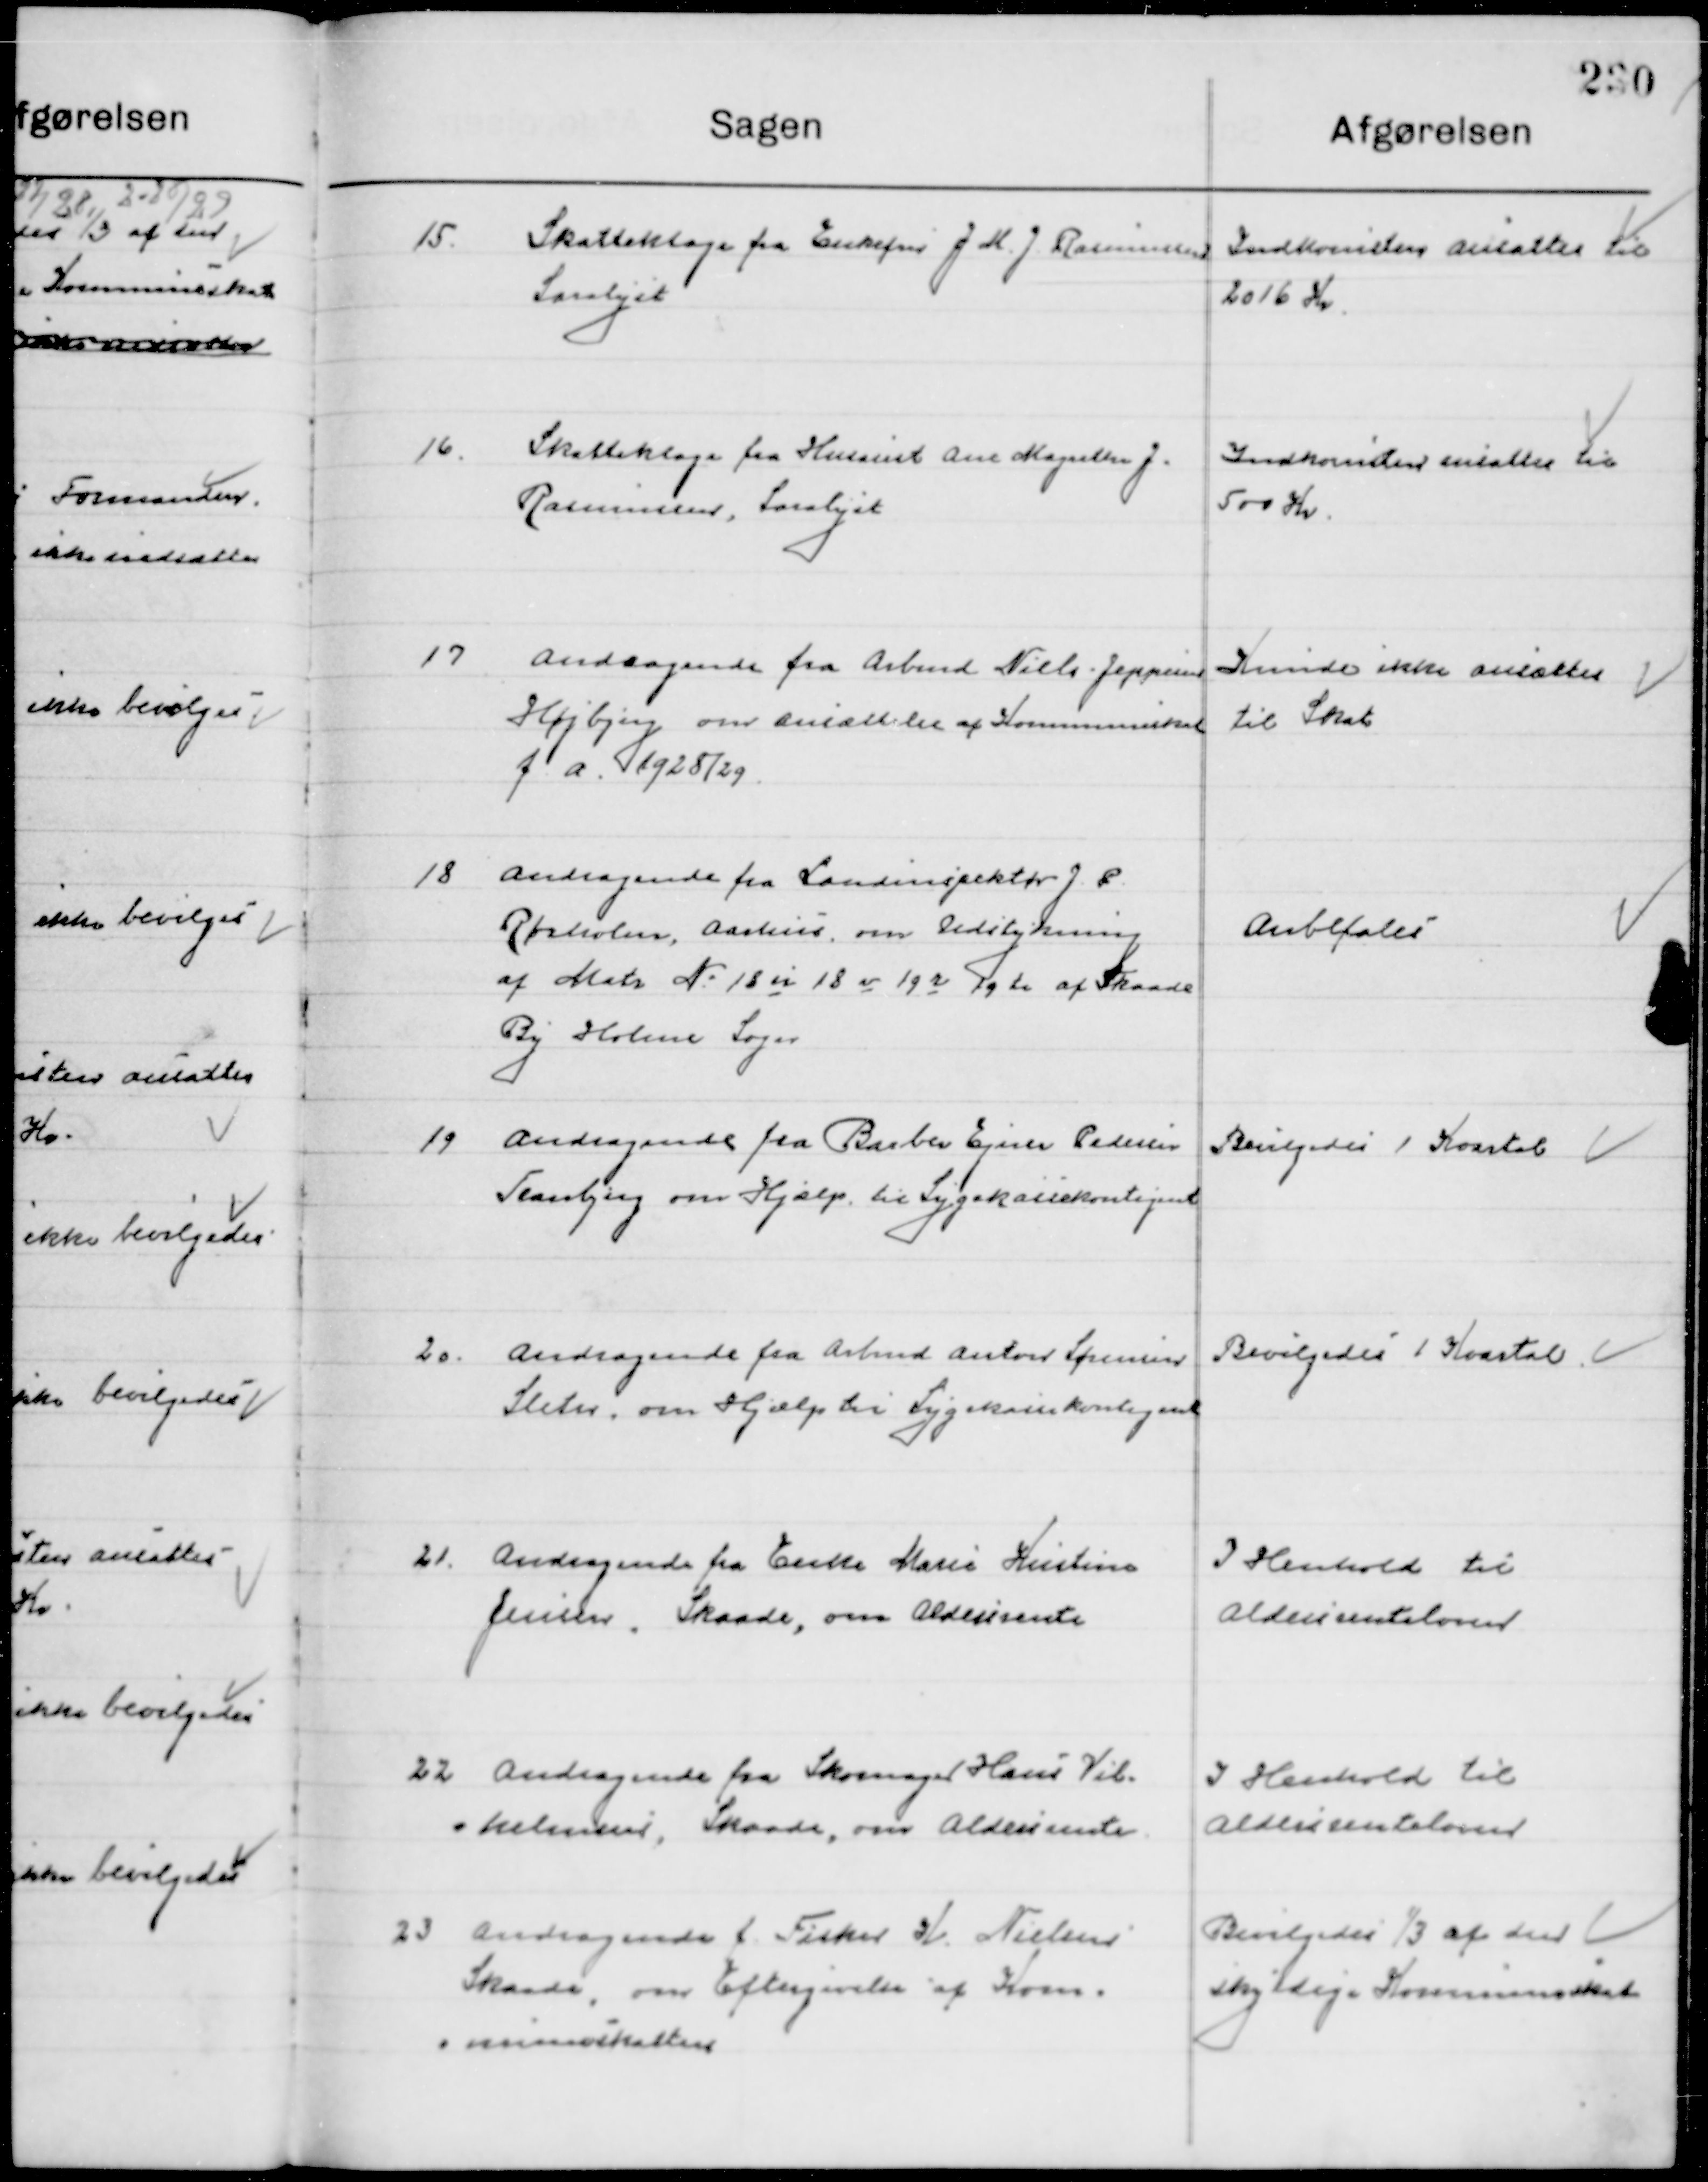
Transskription:
15

Skatteklage fra enkefru J. M. J. Rasmussen, 
Saralyst

Indkomst ansattes til
1016 Kr.

16

Skatteklage fra Husassistent Ane Magrethe J. 
Rasmussen, Saralyst

Indkomst ansattes til
500 Kr.

17

Andragende fra Arbmd. Niels Jeppesen
Højbjerg, om nedsættelse af Kommuneskat
f. A. 1928/29.

Kunde ikke ansættes
til Skat

18

Andragende fra Landinspektør J. P.
Rørholm, Aarhus, om Udstykning
af Matr. Nr. 18 u 18 v 19 e 19 ti af Skaade
By Holme Sogn

Anbefales

19

Andragende fra Barber Ejnar Pedersen
Tranbjerg, om Hjælp til Sygekassekontingent

Bevilgedes 1 Kvartal

20

Andragende fra Arbmd. Anton Sørensen
Sleth, om Hjælp til Sygekassekontingent

Bevilgedes 1 Kvartal

21

Andragende fra Enke Marie Kierstine
Jensen, Skaade, om Aldersrente

I Henhold til
Aldersrenteloven

22

Andragende fra Skomager Hans Vil-
helmsen, Skaade, om Aldersrente

I Henhold til
Aldersrenteloven

23

Andragende fra Fisker H. Nielsen
Skaade om Eftergivelse af Kom-
muneskatten

Bevilgedes 1/3 af den
skyldige Kommuneskat